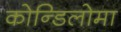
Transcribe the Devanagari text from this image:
कोन्डिलोमा